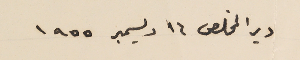
دير المخلص ١٦ ديسمبر ١٩٥٥